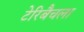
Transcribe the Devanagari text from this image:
टेरिबैचला